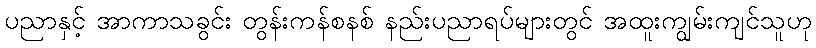
ပညာနှင့် အာကာသခွင်း တွန်းကန်စနစ် နည်းပညာရပ်များတွင် အထူးကျွမ်းကျင်သူဟု